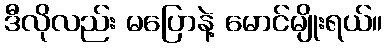
ဒီလိုလည်း မပြောနဲ့ မောင်မျိုးရယ်။